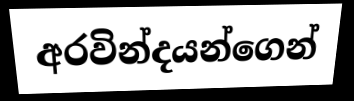
අරවින්දයන්ගෙන්